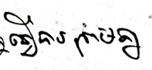
ធ្វើបានព្រមគ្នា